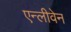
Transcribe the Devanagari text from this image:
एन्लीवेन